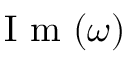
\mathrm { ~ I ~ m ~ } ( \omega )